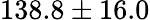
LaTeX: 138.8\pm 16.0